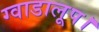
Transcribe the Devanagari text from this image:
ग्वाडालूप।